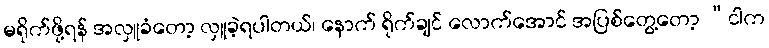
မရိုက်ဖို့ရန် အလှူခံတော့ လှူခဲ့ရပါတယ်၊ နောက် ရိုက်ချင် လောက်အောင် အပြစ်တွေ့တော့ “ငါက